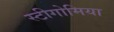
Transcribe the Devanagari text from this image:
स्टीगोमिया